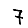
Digit: 7